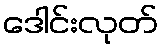
ဒေါင်းလုတ်